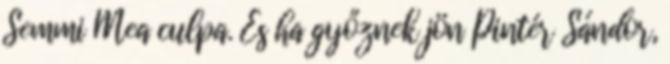
Semmi Mea culpa. És ha győznek jön Pintér Sándor,